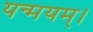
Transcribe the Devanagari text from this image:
यन्मयम्।